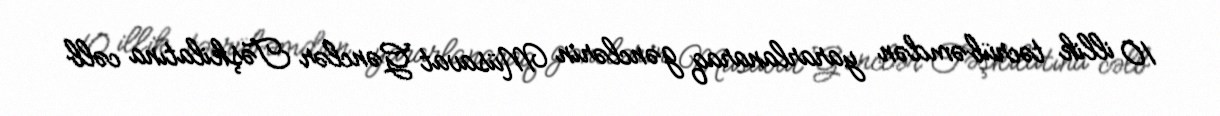
10 illik təcrübəmdən yararlanaraq gənclərin Müsavat Gənclər Təşkilatına cəlb